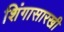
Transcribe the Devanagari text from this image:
शिंगासारखी